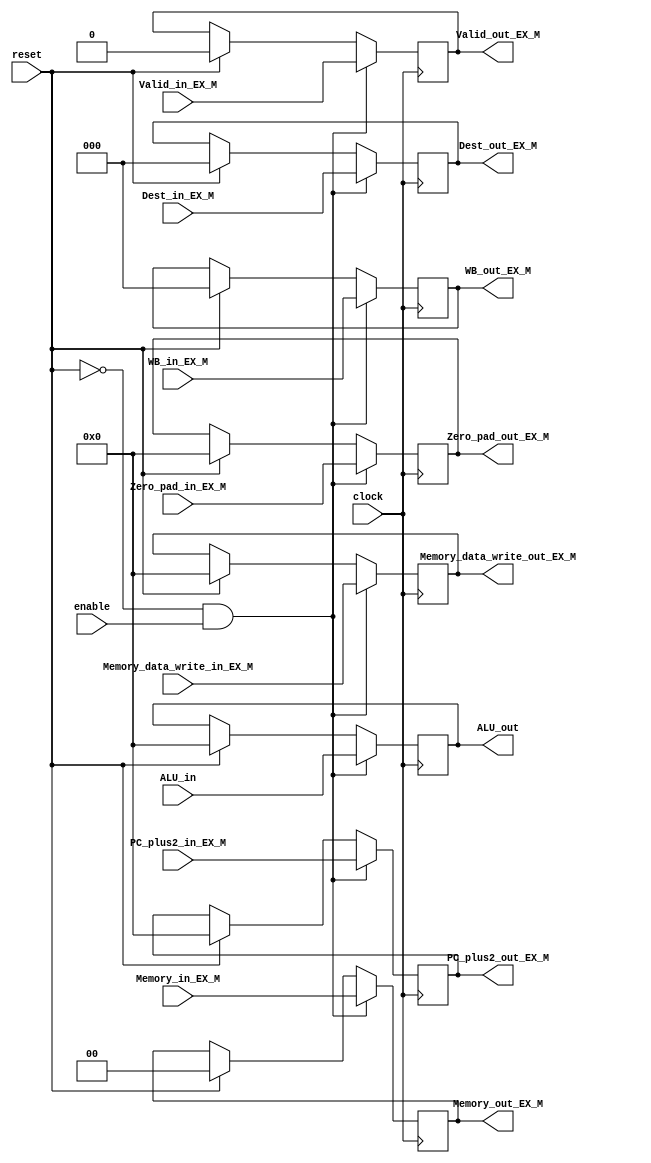
module EX_M_reg
(
PC_plus2_out_EX_M,
WB_out_EX_M,
Memory_out_EX_M,
Memory_data_write_out_EX_M,
ALU_out,
Zero_pad_out_EX_M,
Dest_out_EX_M,
Valid_out_EX_M,

PC_plus2_in_EX_M,
WB_in_EX_M,
Memory_in_EX_M,
Memory_data_write_in_EX_M,
ALU_in,
Zero_pad_in_EX_M,
Dest_in_EX_M,
Valid_in_EX_M,
clock,
reset,
enable
);

output reg [15:0] PC_plus2_out_EX_M;
output reg [2:0] WB_out_EX_M;
output reg [1:0] Memory_out_EX_M;
output reg [15:0] ALU_out, Memory_data_write_out_EX_M, Zero_pad_out_EX_M;
output reg [2:0] Dest_out_EX_M;
output reg Valid_out_EX_M;



input [15:0] PC_plus2_in_EX_M;
input [2:0] WB_in_EX_M;
input [1:0] Memory_in_EX_M;
input [15:0] ALU_in, Memory_data_write_in_EX_M, Zero_pad_in_EX_M;
input [2:0] Dest_in_EX_M;
input Valid_in_EX_M;
input clock;
input reset, enable;

initial
begin
	PC_plus2_out_EX_M = 16'b0;
	WB_out_EX_M = 3'b0;
	Memory_out_EX_M = 2'b0;
	ALU_out = 16'b0;
	Memory_data_write_out_EX_M =16'b0;
	Zero_pad_out_EX_M = 16'b0;
	Dest_out_EX_M = 3'b0;
	Valid_out_EX_M = 1'b0;
end

always @(posedge clock)
begin
	if(! reset && enable)
		begin
			PC_plus2_out_EX_M <= PC_plus2_in_EX_M;
			WB_out_EX_M <= WB_in_EX_M;
			Memory_out_EX_M <= Memory_in_EX_M;
			ALU_out <= ALU_in;
			Memory_data_write_out_EX_M <= Memory_data_write_in_EX_M;
			Zero_pad_out_EX_M <= Zero_pad_in_EX_M;
			Dest_out_EX_M <= Dest_in_EX_M;
			Valid_out_EX_M <= Valid_in_EX_M;
		end
	else if(reset)
		begin
			PC_plus2_out_EX_M <= 16'b0;
			WB_out_EX_M <= 3'b0;
			Memory_out_EX_M <= 2'b0;
			ALU_out <= 16'b0;
			Memory_data_write_out_EX_M <=16'b0;
			Zero_pad_out_EX_M <= 16'b0;
			Dest_out_EX_M <= 3'b0;
			Valid_out_EX_M <= 1'b0;
		end
end

endmodule